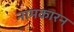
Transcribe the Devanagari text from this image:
नामकारन